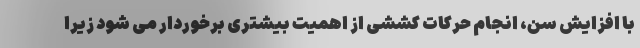
با افزایش سن، انجام حرکات کششی از اهمیت بیشتری برخوردار می شود زیرا